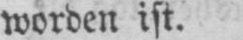
worden ist.